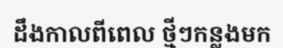
ដឹងកាលពីពេល ថ្មីៗកន្លងមក